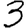
Digit: 3